Scottish Leaving Certificate Examination, 1959
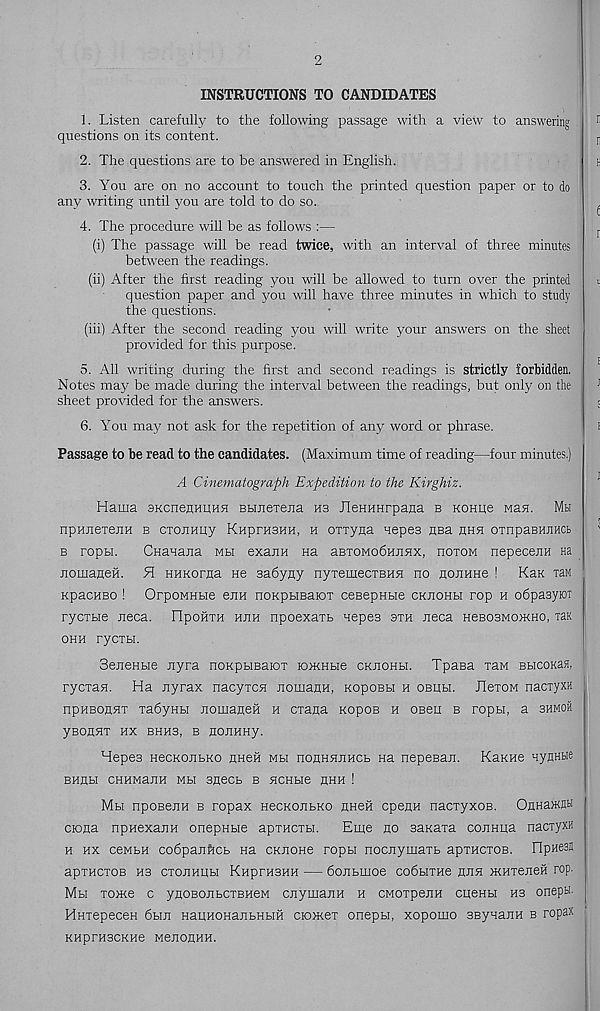
2
INSTRUCTIONS TO CANDIDATES
1. Listen carefully to the following passage with a view to answering
questions on its content.
2. The questions are to be answered in English.
3. You are on no account to touch the printed question paper or to do
any writing until you are told to do so.
4. The procedure will be as follows :—
(i) The passage will be read twice, with an interval of three minutes
between the readings.
(ii) After the first reading you will be allowed to turn over the printed
question paper and you will have three minutes in which to study
the questions.
(iii) After the second reading you will write your answers on the sheet
provided for this purpose.
5. All writing during the first and second readings is strictly forbidden.
Notes may be made during the interval between the readings, but only on the
sheet provided for the answers.
6. You may? not ask for the repetition of any word or phrase.
Passage to be read to the candidates. (Maximum time of reading—four minutes.)
A Cinematograph Expedition to the Kirghiz.
Hama SKcnenHKHH BHJiexejia hs JleHHHrpana b Konue Man. Mh
npHneTejiH b ciojiHuy KuprusHH, n orryna nepes ana hhsi ornpaBHJiHCb
b ropu.
CHaaajia mh exann Ha aBTOMobHjinx, itotom nepecenH na
nomaneH. H HHKorna He sabyny nyTemecxBHH no noriHHe ! Kan ran
KpacHBO ! OrpowHBie enn noKpbiBaioT cesepHtie ckjiohbi rop h obpasyioT
rycrHe neca. FlpofiTH hjih npoexaxb nepes sth neca HesosMOJKHO, ran
ohh rycTbi.
SeneHbie nyra noKpbiBaioT roxcHbie ckjiohh. Tpaea xaM BbicoKas,
rycxan. Ha nyrax nacyxcn nomanH, KopoBbi h obhh. JIcxom nacxyxH
npHBOnHx xabyHH jicmaneH h cxana Kopos h obbu b ropbi, a shmoh
yBOHHX HX BHH3, B JIOJIHHy.
Hepes HecKOJibKO HHeii mh nonHHnHCb Ha nepeBan. Kanne aynKbie
BHUH CHHMaJlH Mb! 3HeCb B HCHbie HHH !
Mh npoBeiiH b ropax HecKoiibKo HHefi cpenH nacxyxoB. OnHawnH
ciona npHexanH onepnbie apxHcxbi.
Eme no sarcaxa cojiHua nacxyxH
h hx cewbH cobpanftcb na ckjioh6 ropbi nocnymaxb apxHCxoB. FIpHeaH
apxHcxoB H3 cxojiHHH KHprH3HH — bojibmoe cobbixHe huh mHxeneH rop.
Mh xonce c ynoBonbcxBHeM cnymajiH h CMOxpenH cughh hs onepu.
HHxepeceH 6bm HaqnoHajibHHH oomex onepn, xopomo SBynaiiH b ropax
KHprHSCKHe MeJIOUHH.